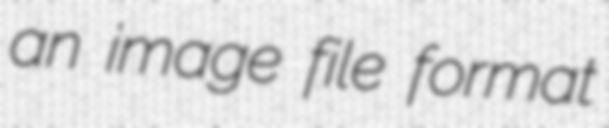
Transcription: an image file format